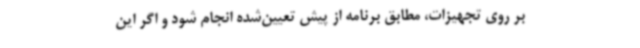
بر روی تجهیزات، مطابق برنامه از پیش تعیین‌شده انجام شود و اگر این